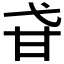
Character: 𤮼